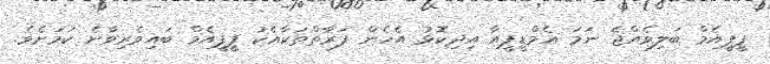
ޕީޕީއެމް ބަލިވެއްޖެ ނަމަ އެމްޑީޕީއާ އިދިކޮޅު އެހެން ފަރާތްތަކާއެކު ޕީޕީއެމް ބައިވެރިވާނެ ކަމަށެވެ.